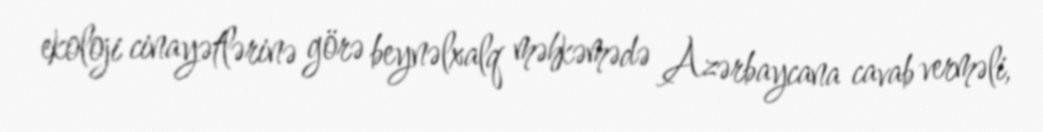
ekoloji cinayətlərinə görə beynəlxalq məhkəmədə Azərbaycana cavab verməli,